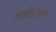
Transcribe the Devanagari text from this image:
अक्रोडाला